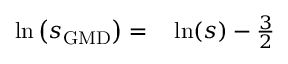
\begin{array} { r l } { \ln \left( s _ { \mathrm { G M D } } \right) = } & { { } \ln ( s ) - \frac { 3 } { 2 } } \end{array}